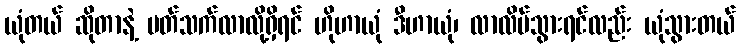
ယုံတယ် ဆိုတာနဲ့ ပတ်သက်လာလို့ရှိရင် ဟိုဟာယုံ ဒီဟာယုံ၊ လာလိမ်သွားရင်လည်း ယုံသွားတယ်